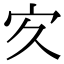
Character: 㝌